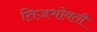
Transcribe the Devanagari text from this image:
तिजभोवती